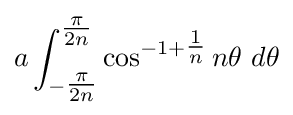
a\int _{-{\tfrac {\pi }{2n}}}^{\tfrac {\pi }{2n}}\cos ^{-1+{\tfrac {1}{n}}}n\theta \ d\theta